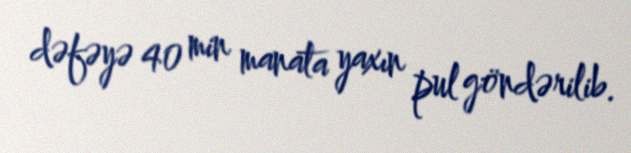
dəfəyə 40 min manata yaxın pul göndərilib.